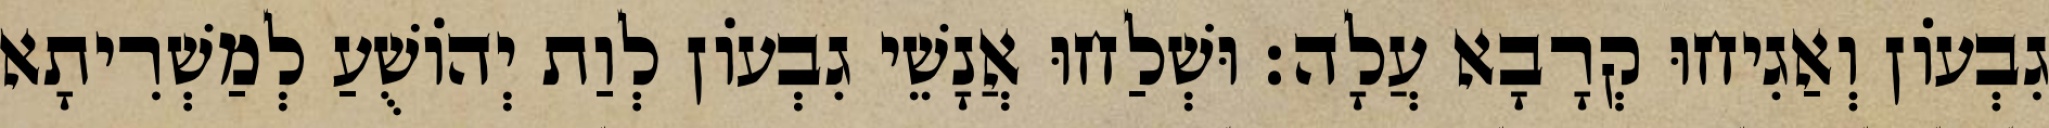
גִבְעוֹן וְאַגִיחוּ קְרָבָא עֲלָה׃ וּשְׁלַחוּ אֲנָשֵׁי גִבְעוֹן לְוַת יְהוֹשֻׁעַ לְמַשְׁרִיתָא